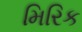
મિરિક